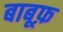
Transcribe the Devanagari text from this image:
बाबूफ़